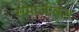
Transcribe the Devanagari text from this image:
समाजीकृत